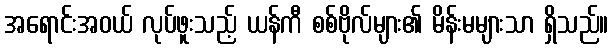
အရောင်းအဝယ် လုပ်ဖူးသည့် ယန်ကီ စစ်ဗိုလ်များ၏ မိန်းမများသာ ရှိသည်။